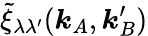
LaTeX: \tilde{\xi}_{\lambda\lambda^{\prime}}(\boldsymbol{k}_{A},\boldsymbol{k}_{B}^{\prime})